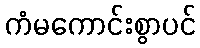
ကံမကောင်းစွာပင်